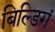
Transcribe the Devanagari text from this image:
बिल्डिगं